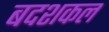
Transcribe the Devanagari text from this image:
बदशकल